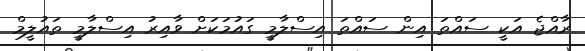
ރާއްޖެ އަކީ ސައްތަ އިން ސައްތަ އިސްލާމީ ގައުމަކަށް ވާއިރު އިސްލާމީ ތައުލީމް